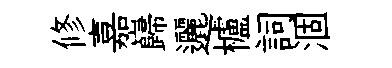
修嘉巋邐櫨詞涸